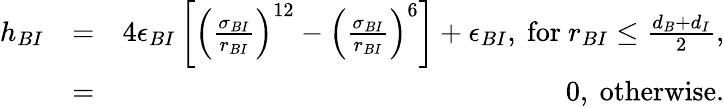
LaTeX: \begin{array}{rlr}{h_{BI}}&{=}&{4\epsilon_{BI}\left[\left(\frac{\sigma_{BI}}{r_{BI}}\right)^{12}-\left(\frac{\sigma_{BI}}{r_{BI}}\right)^{6}\right]+\epsilon_{BI},\mathrm{~for~}r_{BI}\leq\frac{d_{B}+d_{I}}{2},}\\ &{=}&{0,\mathrm{~otherwise}.}\end{array}